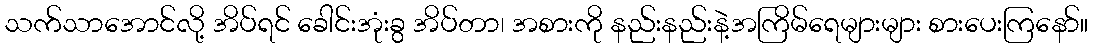
သက်သာအောင်လို့ အိပ်ရင် ခေါင်းအုံးခွ အိပ်တာ၊ အစားကို နည်းနည်းနဲ့အကြိမ်ရေများများ စားပေးကြနော်။